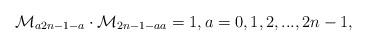
LaTeX: \begin{align*}\mathcal{M}_{a2n-1-a}\cdot\mathcal{M}_{2n-1-aa}=1,a=0,1,2,...,2n-1,\end{align*}